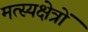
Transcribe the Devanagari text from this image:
मत्स्यक्षेत्रों